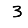
Digit: 3